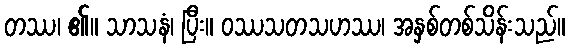
တဿ၊ ၏။ သာသနံ၊ ပြီး။ ဝဿသတသဟဿ၊ အနှစ်တစ်သိန်းသည်။